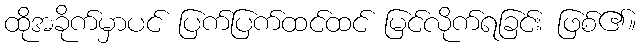
ထိုအခိုက်မှာပင် ပြက်ပြက်ထင်ထင် မြင်လိုက်ရခြင်း ဖြစ်၏။